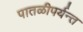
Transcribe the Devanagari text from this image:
पातळीपर्यन्त